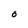
Character: O